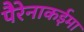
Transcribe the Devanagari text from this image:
पैरेनाकईमा